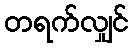
တရက်လျှင်